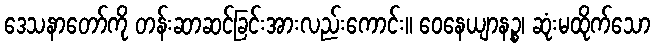
ဒေသနာတော်ကို တန်းဆာဆင်ခြင်းအားလည်းကောင်း။ ဝေနေယျာနဉ္စ၊ ဆုံးမထိုက်သော